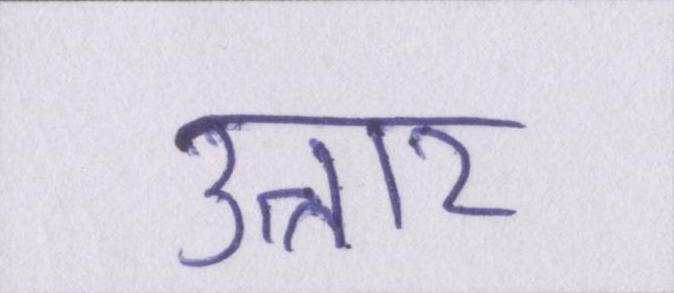
उत्तार